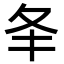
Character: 𡕖